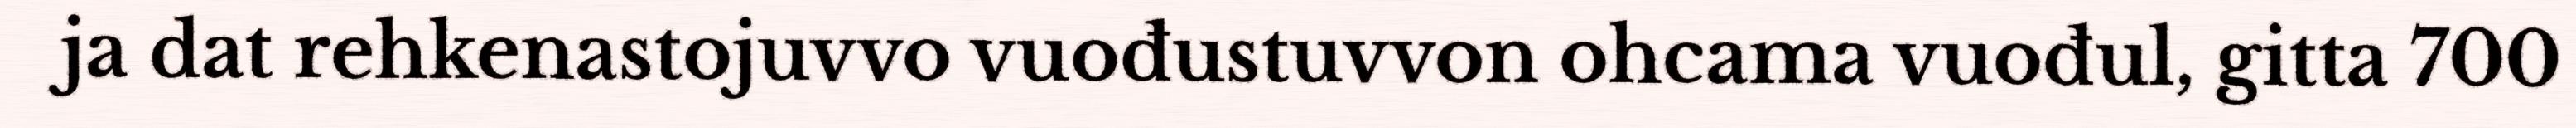
ja dat rehkenastojuvvo vuođustuvvon ohcama vuođul, gitta 700